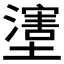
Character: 𱘈